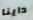
داينا